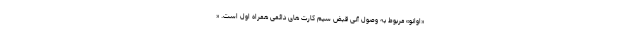
«اوانو» مربوط به وصول آنی قبض سیم کارت های دائمی همراه اول است. «